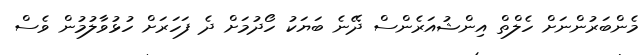
މެންބަރުންނަށް ހެލްތް އިންޝުއަރެންސް ދޭނެ ބަޔަކު ހޯދުމަށް ދެ ފަހަރަށް ހުޅުވާލުމުން ވެސް